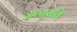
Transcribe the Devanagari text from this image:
अत्यराति